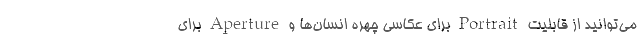
می‌توانید از قابلیت Portrait برای عکاسی چهره انسان‌ها و Aperture برای